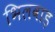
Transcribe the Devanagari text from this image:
भिलवाड़